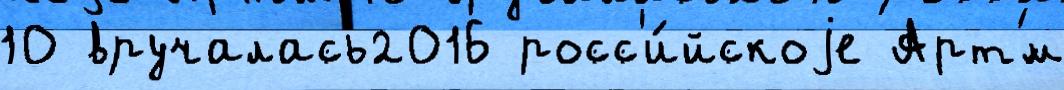
10 вручалась2016 росс'и́йскоjе Арт'́м